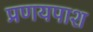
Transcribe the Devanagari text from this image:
प्रणयपाश